Vaccination in the Punjab 1867-1880 - 1867-1880
Year: 1867
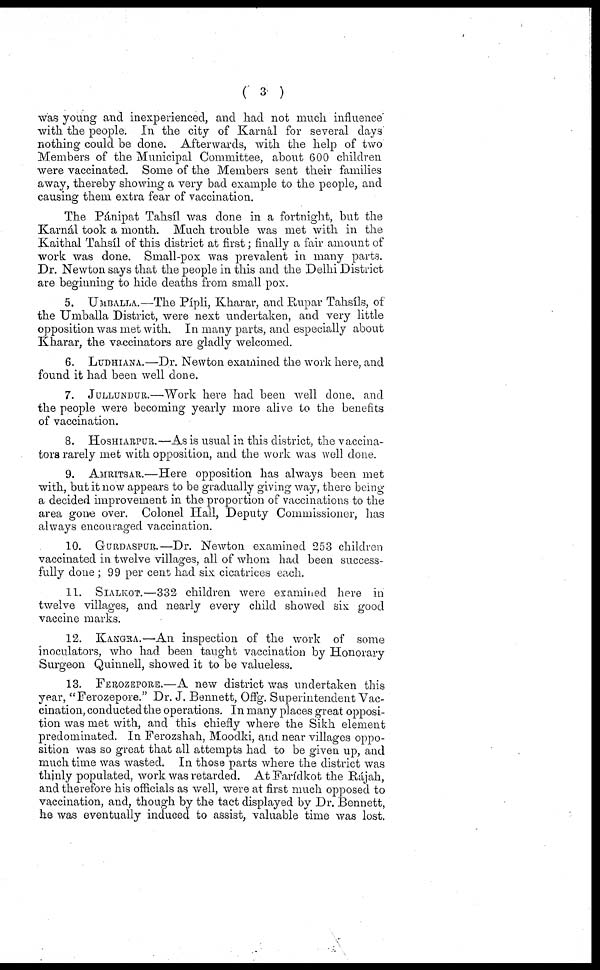
( 3 )
was young and inexperienced, and had not much influence
with the people. In the city of Karnál for several days
nothing could be done. Afterwards, with the help of two
Members of the Municipal Committee, about 600 children
were vaccinated. Some of the Members sent their families
away, thereby showing a very bad example to the people, and
causing them extra fear of vaccination.
The Pánipat Tahsíl was done in a fortnight, but the
Karnál took a month. Much trouble was met with in the
Kaithal Tahsíl of this district at first; finally a fair amount of
work was done. Small-pox was prevalent in many parts.
Dr. Newton says that the people in this and the Delhi District
are beginning to hide deaths from small pox.
5. UMBALLA.—The Pípli, Kharar, and Rupar Tahsíls, of
the Umballa District, were next undertaken, and very little
opposition was met with. In many parts, and especially about
Kharar, the vaccinators are gladly welcomed.
6. LUDHIANA.—Dr. Newton examined the work here, and
found it had been well done.
7. JULLUNDUR.—Work here had been well done, and
the people were becoming yearly more alive to the benefits
of vaccination.
8. HOSHIARPUR.—As is usual in this district, the vaccina-
tors rarely met with opposition, and the work was well done.
9. AMRITSAR.—Here opposition has always been met
with, but it now appears to be gradually giving way, there being
a decided improvement in the proportion of vaccinations to the
area goive over. Colonel Hall, Deputy Commissioner, has
always encouraged vaccination.
10. GURDASPUR.—Dr. Newton examined 253 children
vaccinated in twelve villages, all of whom had been success-
fully done ; 99 per cent had six cicatrices each.
11. SIALKOT.—332 children were examined here in
twelve villages, and nearly every child showed six good
vaccine marks.
12. KANGRA.—An inspection of the work of some
inoculators, who had been taught vaccination by Honorary
Surgeon Quinnell, showed it to be valueless.
13. FEROZEPORE.—A new district was undertaken this
year, "Ferozepore." Dr. J. Bennett, Offg. Superintendent Vac-
cination, conducted the operations. In many places great opposi-
tion was met with, and this chiefly where the Sikh element
predominated. In Ferozshah, Moodki, and near villages oppo-
sition was so great that all attempts had to be given up, and
much time was wasted. In those parts where the district was
thinly populated, work was retarded. At Farídkot the Rajah,
and therefore his officials as well, were at first much opposed to
vaccination, and, though by the tact displayed by Dr. Bennett,
he was eventually induced to assist, valuable time was lost.